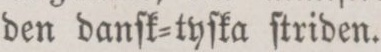
den danſk=tyſka ſtriden.